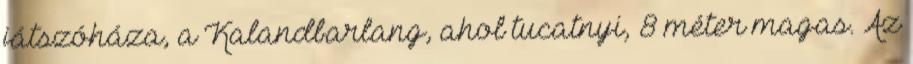
játszóháza, a Kalandbarlang, ahol tucatnyi, 8 méter magas. Az